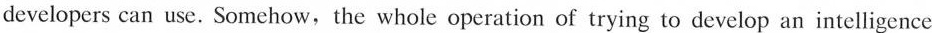
developers can use. Somehow,the whole operation of trying to develop an intelligence